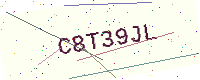
Text: C8T39JL